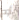
أوه